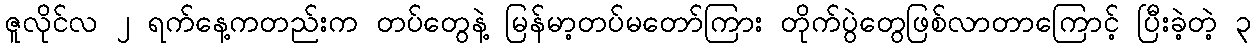
ဇူလိုင်လ ၂ ရက်နေ့ကတည်းက တပ်တွေနဲ့ မြန်မာ့တပ်မတော်ကြား တိုက်ပွဲတွေဖြစ်လာတာကြောင့် ပြီးခဲ့တဲ့ ၃